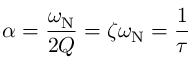
\alpha = { \frac { \omega _ { \mathrm { N } } } { 2 Q } } = \zeta \omega _ { \mathrm { N } } = { \frac { 1 } { \tau } }